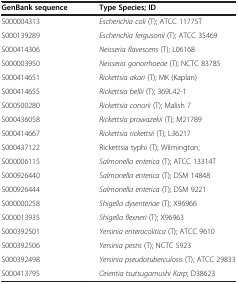
<table><thead><tr><td><b>GenBank sequence</b></td><td><b>Type Species; ID</b></td></tr></thead><tbody><tr><td>S000004313</td><td><i>Escherichia coli</i> (T); ATCC 11775T</td></tr><tr><td>S000139289</td><td><i>Escherichia fergusonii</i> (T); ATCC 35469</td></tr><tr><td>S000414306</td><td><i>Neisseria flavescens</i> (T); L06168</td></tr><tr><td>S000003950</td><td><i>Neisseria gonorrhoeae</i> (T); NCTC 83785</td></tr><tr><td>S000414651</td><td><i>Rickettsia akari</i> (T); MK (Kaplan)</td></tr><tr><td>S000414655</td><td><i>Rickettsia bellii</i> (T); 369L42-1</td></tr><tr><td>S000500280</td><td><i>Rickettsia conorii</i> (T); Malish 7</td></tr><tr><td>S000436058</td><td><i>Rickettsia prowazekii</i> (T); M21789</td></tr><tr><td>S000414667</td><td><i>Rickettsia rickettsii</i> (T); L36217</td></tr><tr><td>S000437122</td><td>Rickettsia typhi (T); Wilmington;</td></tr><tr><td>S000006115</td><td><i>Salmonella enterica</i> (T); ATCC 13314T</td></tr><tr><td>S000926440</td><td><i>Salmonella enterica</i> (T); DSM 14848</td></tr><tr><td>S000926444</td><td><i>Salmonella enterica</i> (T); DSM 9221</td></tr><tr><td>S000000258</td><td><i>Shigella dysenteriae</i> (T); X96966</td></tr><tr><td>S000013935</td><td><i>Shigella flexneri</i> (T); X96963</td></tr><tr><td>S000392501</td><td><i>Yersinia enterocolitica</i> (T); ATCC 9610</td></tr><tr><td>S000392506</td><td><i>Yersinia pestis</i> (T); NCTC 5923</td></tr><tr><td>S000392498</td><td><i>Yersinia pseudotuberculosis</i> (T); ATCC 29833</td></tr><tr><td>S000413795</td><td><i>Orientia tsutsugamushi Karp</i>; D38623</td></tr></tbody></table>